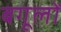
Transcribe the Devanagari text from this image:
बगूलों